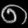
Digit: ၈